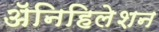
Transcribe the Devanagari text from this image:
ॲनिहिलेशन